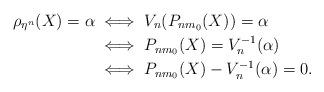
LaTeX: \begin{align*} \rho_{\eta^n}(X)=\alpha & \iff V_n(P_{nm_0}(X))=\alpha \\ & \iff P_{nm_0}(X) = V_n^{-1}(\alpha) \\ & \iff P_{nm_0}(X) - V_n^{-1}(\alpha) =0.\end{align*}